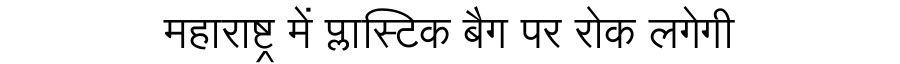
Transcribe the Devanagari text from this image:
महाराष्ट्र में प्लास्टिक बैग पर रोक लगेगी